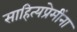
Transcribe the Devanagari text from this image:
साहित्यप्रेमींना